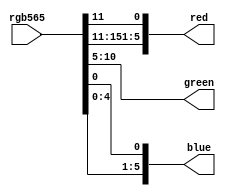
module rgb565 (
	input [15:0] rgb565,

	output [5:0] red,
	output [5:0] green,
	output [5:0] blue
);
	/* map out the pixel's data:
	     rrrr rggg  gggb bbbb
	   red and blue are only 5-bit, so we duplicate the LSB to make 6-bit values */
	assign red[5:0]   = { rgb565[15:11], rgb565[11] };
	assign green[5:0] = { rgb565[10:5] };
	assign blue[5:0]  = { rgb565[4:0], rgb565[0] };
endmodule